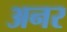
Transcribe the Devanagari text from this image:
अनर